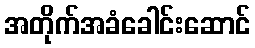
အတိုက်အခံခေါင်းဆောင်